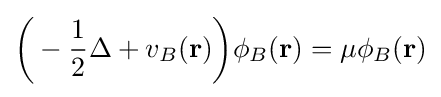
{\bigg (}-{\frac {1}{2}}\Delta +v_{B}(\mathbf {r} ){\bigg )}\phi _{B}(\mathbf {r} )=\mu \phi _{B}(\mathbf {r} )